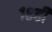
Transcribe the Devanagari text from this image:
१८ही